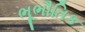
ભૂભૌતિક